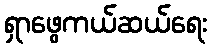
ရှာဖွေကယ်ဆယ်ရေး